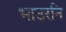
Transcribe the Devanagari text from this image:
भाउरनि